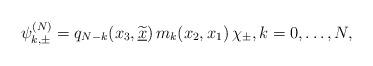
LaTeX: \begin{align*} \psi_{k,\pm}^{(N)}=q_{N-k}(x_3,\widetilde{\underline{x}})\,m_{k}(x_2,x_1)\,\chi_{\pm},k=0,\ldots,N,\end{align*}